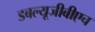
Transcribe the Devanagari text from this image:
डबल्यूजीबीएच